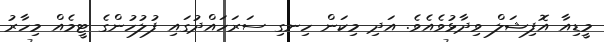
މީޑިއާ އޮފިޝަލް ވިދާޅުވެއެވެ. އަދި މިކަން ހިނގި ސަރަހައްދުގައި ފުލުހުންގެ ޓީމެއް މިހާރު